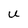
Character: U